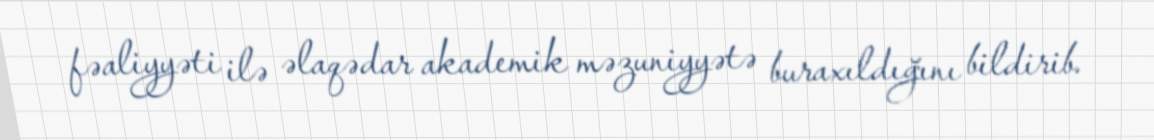
fəaliyyəti ilə əlaqədar akademik məzuniyyətə buraxıldığını bildirib.